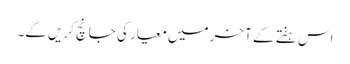
اس ہفتے کے آخر میں معیار کی جانچ کریں گے۔